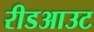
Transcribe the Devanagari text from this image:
रीडआउट